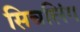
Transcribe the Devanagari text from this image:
सिचलिंग